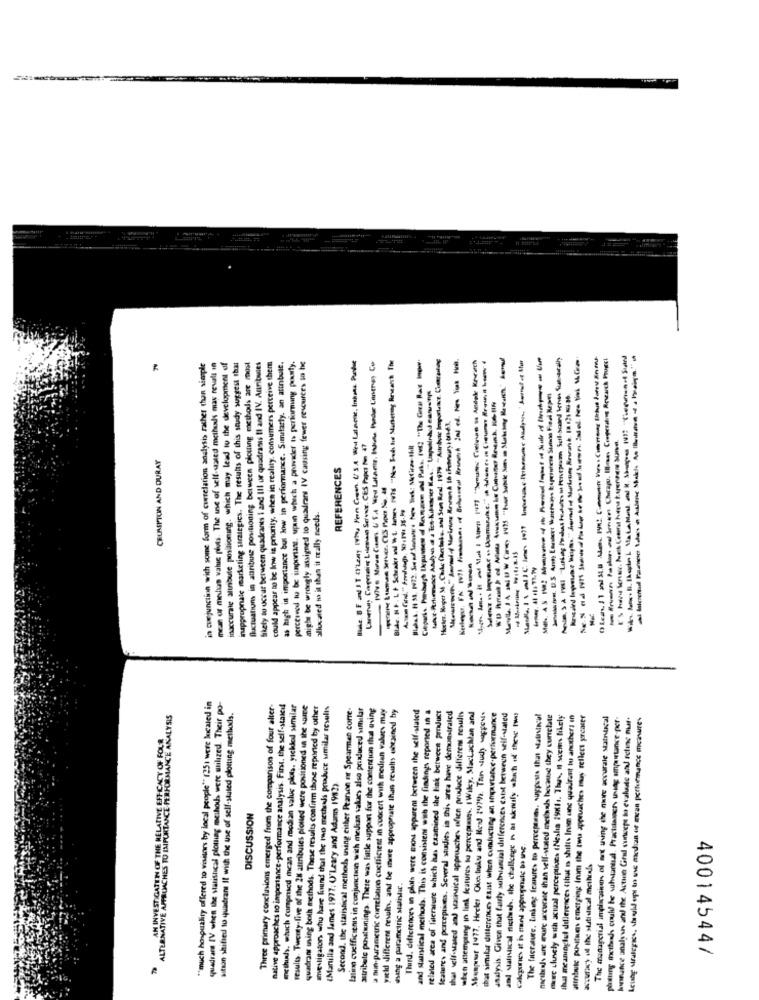
inappropriate marketing strategies. The results of this study suggest that
could appear to be low is priority, when in reality. comumers perceive them
perceived tu be important, upun which a provider ts performing pourty.
might be wrongly assigned to quadrant IV causing fewer rescuirces so he
lide. B F and IT Oleny Ivhy Pen Gem. USA Wed Lataciz, Inhata Pake
Bldc. N . L + Schvalo nul "1 - 16 " But he Muniemy Ancan't The
Hoeles. Seper 34 . Cake (hertake, and Sun Bed, 1979 "Aurbete Importance. Cacalag
in conjunction with some form of correlation analysis rather than simple
mean of medan value poets. The use of self-stated metbuals may revell in
inaccurate alinbute positioning. which may lead to the development of
fluctuations in atribute positioning between plotting methods are most
Skety tu uccur berween quadrants i and III or quadrants Il and IV. Attributes
as bagh in importance bul low in performance. Similarly. an atinbutt.
Unera: Coperation Liman Server. CES Papel No 47
CRUMSPION AND DURAY
REFERENCES
allocated is it than it really needs.
""much hosquality offered to visitors by local people" (251 were located in
quedrans IV when the statistical plowing methods were utilized. Their po-
Three primary conclusions emerged from the comparison of four alter
native approaches to importance-performance analysis. First, the self-staicil
methis, which compricd mean and median value plots, yıckledd similar
results. Twenty-five of the 28 attributes plotted were positioned in the same
quadran uning both methods. These results confirm thone reported by other
Investigators who have found that the two meches produce umilar rowells
Second. the statistical methods using either Pearson er Spearman corre-
latina cuefficienis in conjunction with median sale, also produced similar
attribute ponsatwinings. There was little support for the contention thal eving
nun-paranacuric curelation coefficient in concert with medean values may
yield different results, and be more appropriate than results obtained by
Thurd. differences in plots were mon apparent between the self-slated
and stainstical methods. This is consistent with the findings reported in a
related area of falerature which has examined the link between product
leature, and perceptions, Several studies in this area have demonstrated
that self-stancd and statistical approaches often produce different results
uten attempting in link features to perceptans. IWiley. MacLachlan anal
Moumpour 1477, Hecker Obecbule and Read 19790. Tan study ofpont.
ALTERNATIVE APPROACHES TO IMPORTANCE PERFORMANCE ANALYSIS
sition shified tu quadrant It with the use of self-stuted plotting metlos.
that similar differences esast when conducting an importance-performance
analysis. Given that fairly substantial differences catt between self-laled
The factature, Linking features to percepsans, suyposts that Matistkcal
meetings are more accurate than self-stated methals because they correlate
mac clusely with actual perceptions (Nesla 19811. Thus, 1 wcem likely
Ihal meaningful dellerences (that is shifts Inom unc quadrant tu another; in
attribute puntuan emerging In the two approaches may reflect presser
The managerial implications of met using the que accurale statutical
phosting Iotheek could be substantial. Practilanger, unag importance-per-
bonsnuance analywn and the Active Gral concept to evaluate and seline nur.
Leung wralegres, should epl to use median or mean perturmance measures
AN INVESTIGATION OF THE RELATIVE EFFICACY OF FOUR
(Manilla and James 1977; O'Leary and Adams 1982)
DISCUSSION
calories it is manil appropnale bo use.
esing a paranciric suistar.
40014544/
T